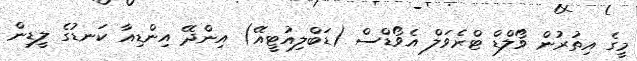
މީގެ އިތުރުން ވޯލްޑް ޓްރެވަލް އެވޯޑްސް (ޑަބްލިއުޓީއޭ) އިންދޭ އިންޑިއާ ކަނޑުގެ ލީޑިން